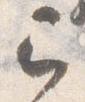
已